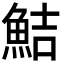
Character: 鮚